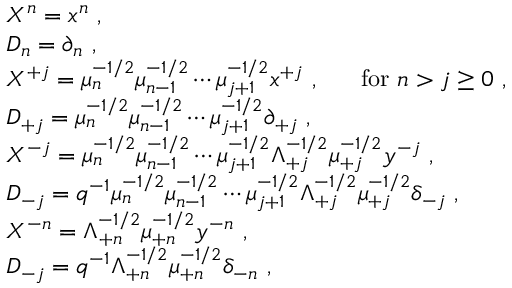
\begin{array} { l } { { { \cal X } ^ { n } = x ^ { n } ~ , } } \\ { { { \cal D } _ { n } = \partial _ { n } ~ , } } \\ { { { \cal X } ^ { + j } = \mu _ { n } ^ { - 1 / 2 } \mu _ { n - 1 } ^ { - 1 / 2 } \cdots \mu _ { j + 1 } ^ { - 1 / 2 } x ^ { + j } ~ , ~ ~ ~ ~ ~ \mathrm { f o r } ~ n > j \geq 0 ~ , } } \\ { { { \cal D } _ { + j } = \mu _ { n } ^ { - 1 / 2 } \mu _ { n - 1 } ^ { - 1 / 2 } \cdots \mu _ { j + 1 } ^ { - 1 / 2 } \partial _ { + j } ~ , } } \\ { { { \cal X } ^ { - j } = \mu _ { n } ^ { - 1 / 2 } \mu _ { n - 1 } ^ { - 1 / 2 } \cdots \mu _ { j + 1 } ^ { - 1 / 2 } \Lambda _ { + j } ^ { - 1 / 2 } \mu _ { + j } ^ { - 1 / 2 } y ^ { - j } ~ , } } \\ { { { \cal D } _ { - j } = q ^ { - 1 } \mu _ { n } ^ { - 1 / 2 } \mu _ { n - 1 } ^ { - 1 / 2 } \cdots \mu _ { j + 1 } ^ { - 1 / 2 } \Lambda _ { + j } ^ { - 1 / 2 } \mu _ { + j } ^ { - 1 / 2 } \delta _ { - j } ~ , } } \\ { { { \cal X } ^ { - n } = \Lambda _ { + n } ^ { - 1 / 2 } \mu _ { + n } ^ { - 1 / 2 } y ^ { - n } ~ , } } \\ { { { \cal D } _ { - j } = q ^ { - 1 } \Lambda _ { + n } ^ { - 1 / 2 } \mu _ { + n } ^ { - 1 / 2 } \delta _ { - n } ~ , } } \end{array}